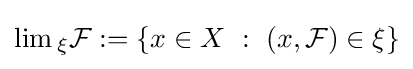
\lim {}_{\xi }{\mathcal {F}}:=\left\{x\in X~:~\left(x,{\mathcal {F}}\right)\in \xi \right\}